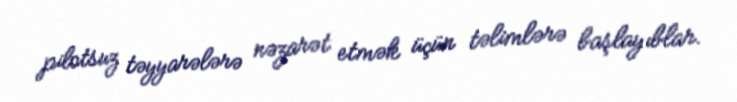
pilotsuz təyyarələrə nəzarət etmək üçün təlimlərə başlayıblar.